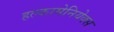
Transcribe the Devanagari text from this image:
हल्कामेनियेक्स